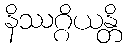
နိဿဂ္ဂိယန္တိ